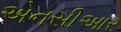
એનસીઆર